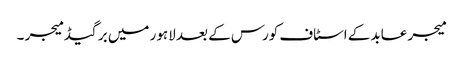
میجر عابد کے اسٹاف کورس کے بعد لاہور میں برگیڈ میجر ۔